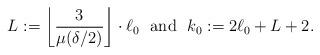
LaTeX: \begin{align*} L:=\left\lfloor\frac{3}{\mu(\delta/2)}\right \rfloor \cdot \ell_0 \mbox{ ~and~ } k_0:= 2\ell_0+L+2.\end{align*}